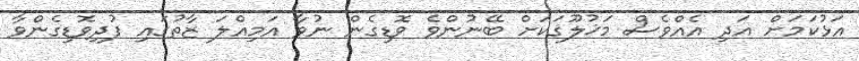
އަޅުކަމަށް އަދި އެއްވެސް މަޚުލޫޤަކަށް ބޭނުންވެ ވޮޑިގެން ނުވާ އަމިއްލަ ޒާތުގައި ފުދިވޮޑިގެންވާ